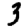
Digit: 3